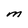
Character: m